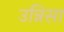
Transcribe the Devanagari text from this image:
उन्निसा